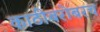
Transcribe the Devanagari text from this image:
काठीबरोबरच